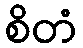
စိတံ